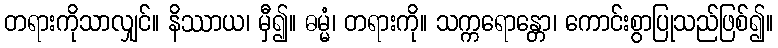
တရားကိုသာလျှင်။ နိဿာယ၊ မှီ၍။ ဓမ္မံ၊ တရားကို။ သက္ကရောန္တော၊ ကောင်းစွာပြုသည်ဖြစ်၍။